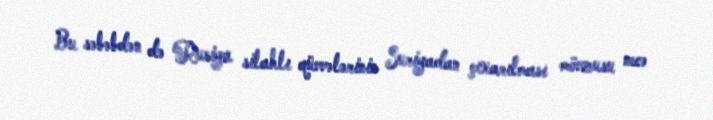
Bu səbəbdən də Rusiya silahlı qüvvələrinin Suriyadan çıxarılması mövzusu necə